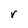
Character: r